Trukikaitis_Postimees, lk 38
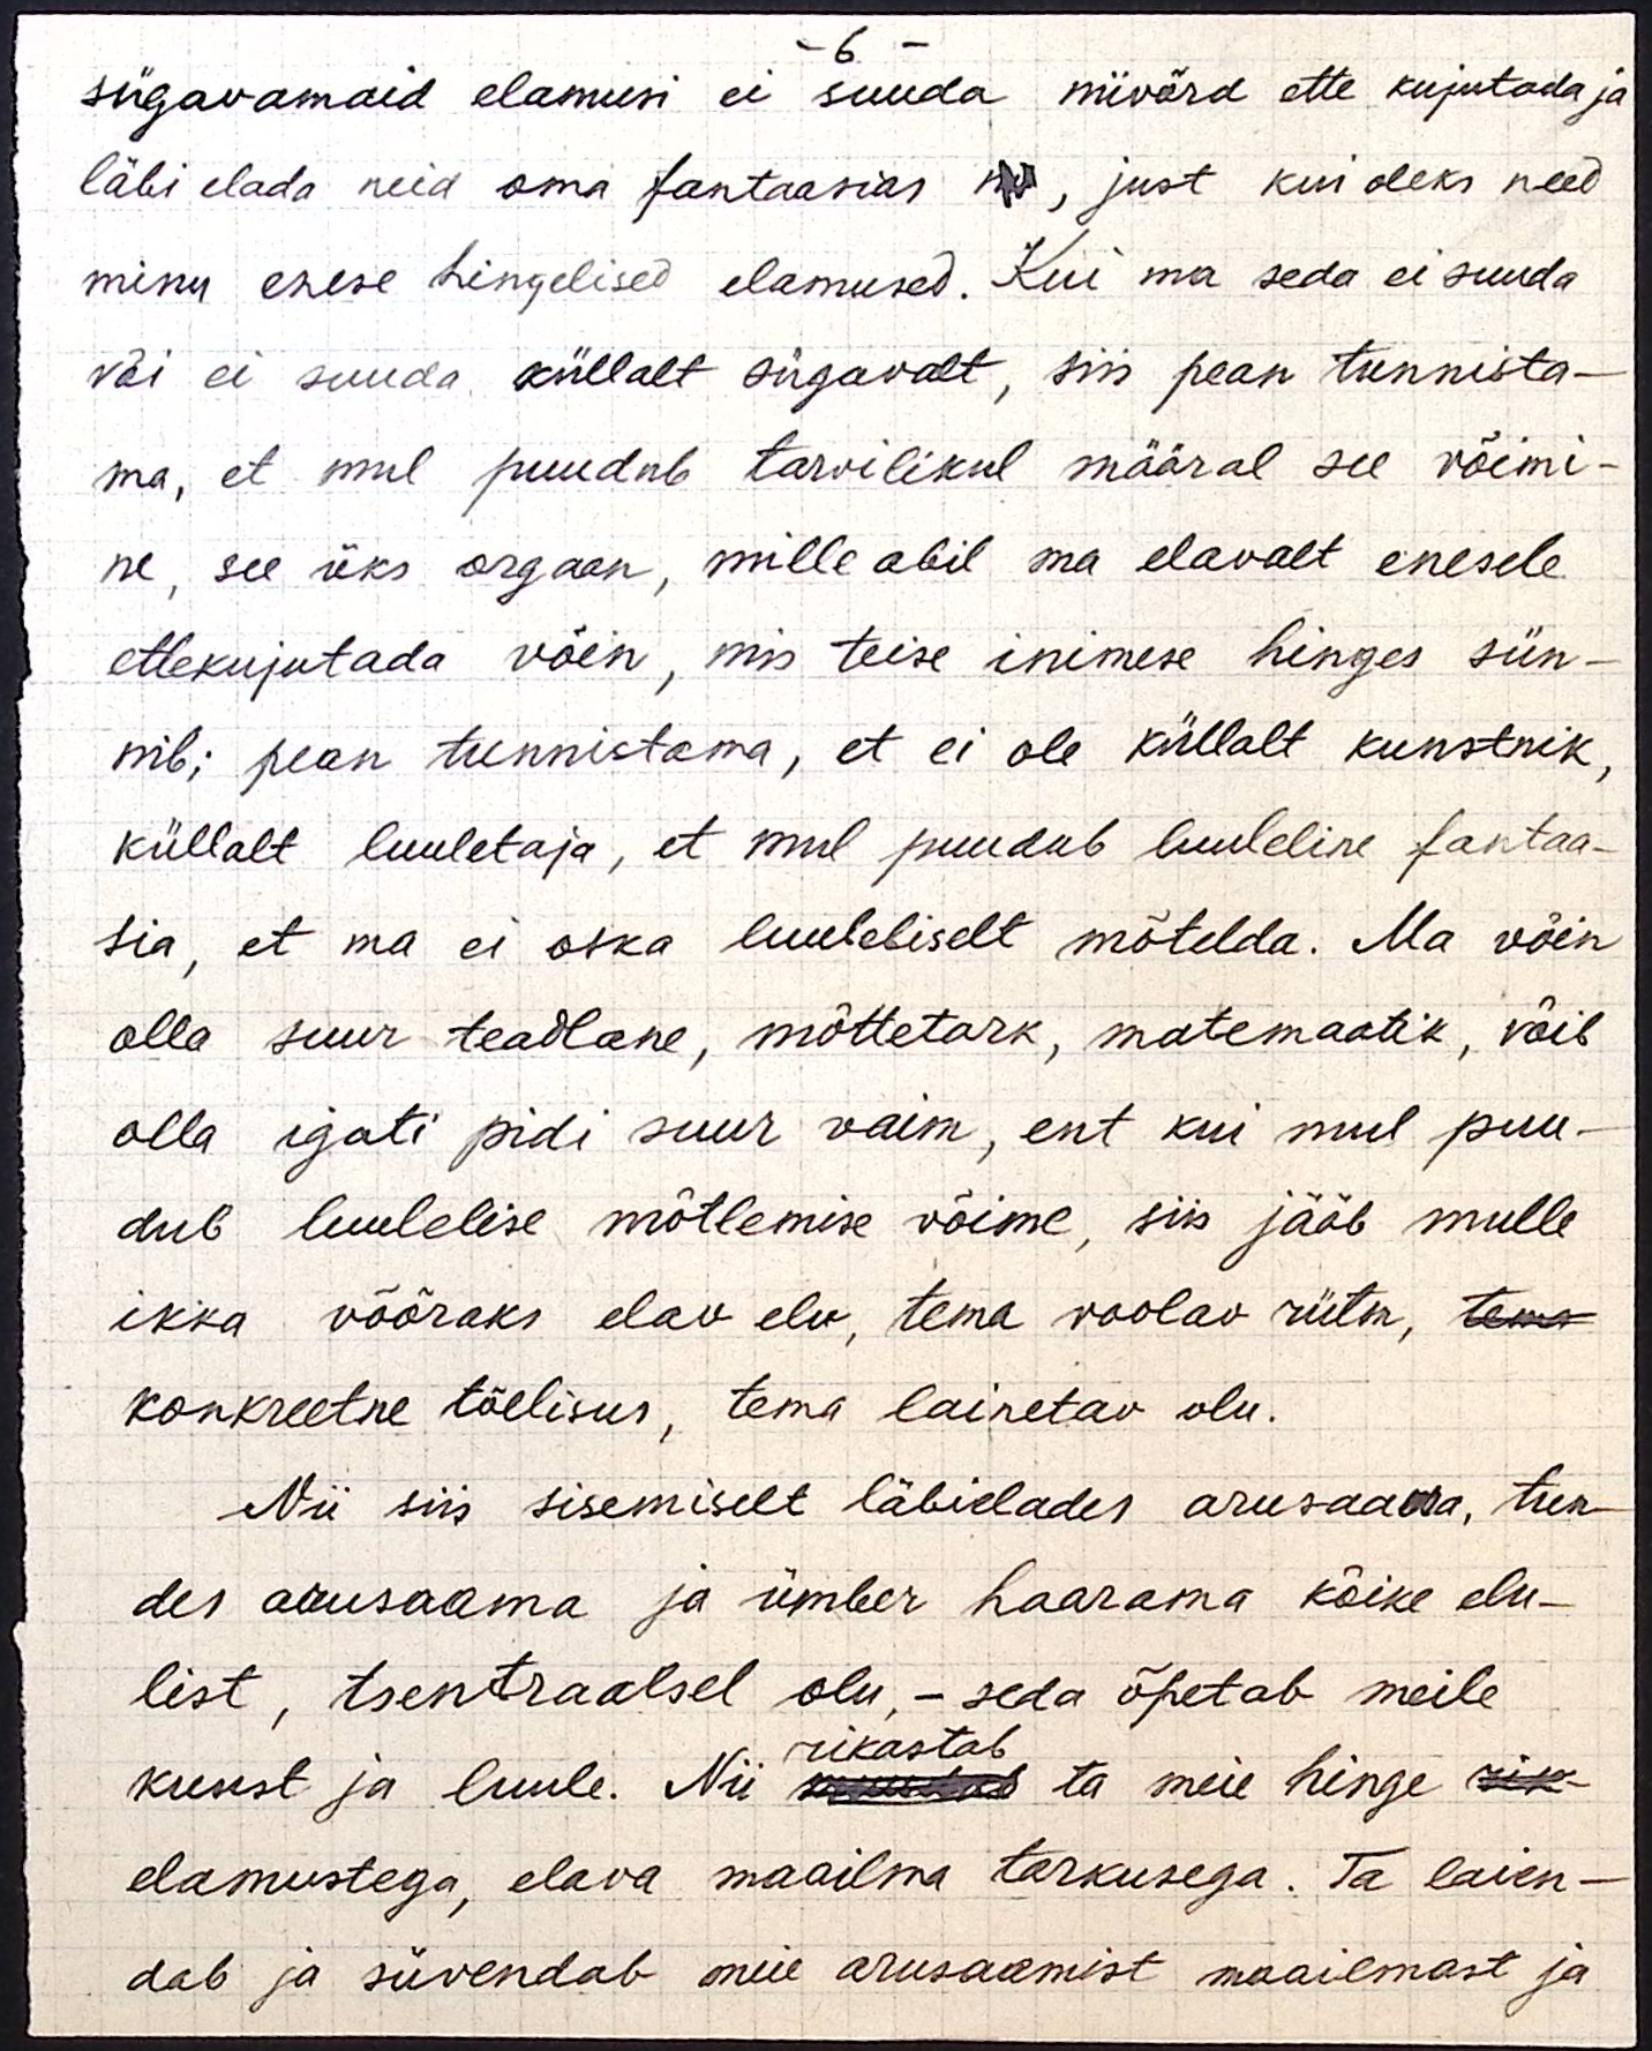
- 6 -
sügavamaid elamusi ei suuda niivõrd ette kujutada ja
läbi elada neid oma fantaasias ne, just kui oleks need
minu enese hingelised elamused. Kui ma seda ei suuda
või ei suuda küllalt sügavalt, siis pean tunnista-
ma, et mul puudub tarvilikul määral see võimi-
ne, see üks orgaan, mille abil ma elavalt enesele
ettekujutada võin, mis teise inimese hinges sün-
nib; pean tunnistama, et ei ole küllalt kunstnik,
küllalt luuletaja, et mul puudub luuleline fantaa-
sia, et ma ei oska luuleliselt mõtelda. Ma võin
olla suur teadlane, mõttetark, matemaatik, võib
olla igati pidi suur vaim, ent kui mul puu-
dub luulelise mõtlemise võime, siis jääb mulle
ikka võõraks elav elu, tema voolav rütm, tema
konkreetne tõelisus, tema lainetav olu.
Nii siis sisemiselt läbielades arusaada, tun-
des arusaama ja ümber haarama kõike elu-
list, tsentraalsel olu, - seda õpetab meile
rikastab
kunst ja luule. Nii suudab ta meie hinge rik-
elamustega, elava maailma tarkusega. Ta laien-
dab ja süvendab meie arusaamist maailmast ja